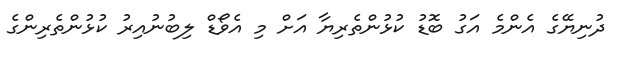
ދުނިޔޭގެ އެންމެ އަގު ބޮޑު ކުޅުންތެރިޔާ އަށް މި އެވޯޑް ލިބުނުއިރު ކުޅުންތެރިންގެ